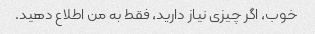
خوب، اگر چیزی نیاز دارید، فقط به من اطلاع دهید.